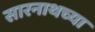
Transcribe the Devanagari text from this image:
सारनाथच्या